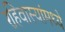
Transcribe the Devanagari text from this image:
रहिवास्यांमध्ये